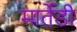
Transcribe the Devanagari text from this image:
मार्तेडी